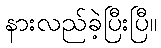
နားလည်ခဲ့ပြီးပြီ။